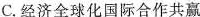
C.经济全球化国际合作共赢